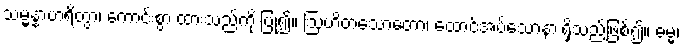
သမ္မန္နာဟရိတွာ၊ ကောင်းစွာ ထားသည်ကို ပြု၍။ ဩဟိတသောတော၊ ထောင်အပ်သောနားရှိသည်ဖြစ်၍။ ဓမ္မံ၊